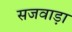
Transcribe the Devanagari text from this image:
सजवाड़ा